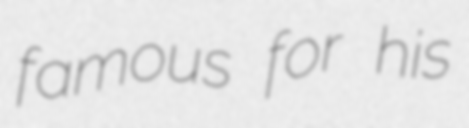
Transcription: famous for his